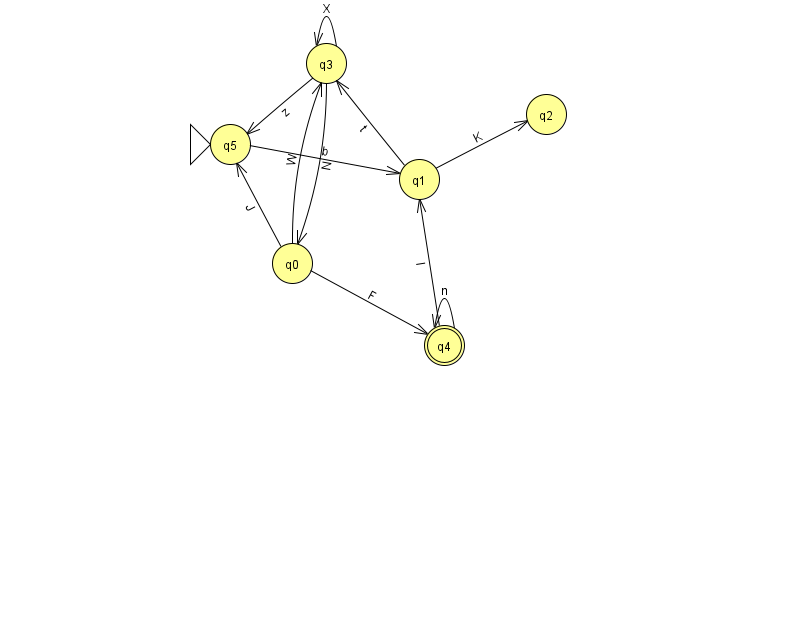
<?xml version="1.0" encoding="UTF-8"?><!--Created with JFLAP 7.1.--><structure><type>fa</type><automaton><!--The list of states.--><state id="0" name="q0"><x>292.0</x><y>250.0</y></state><state id="1" name="q1"><x>419.0</x><y>166.0</y></state><state id="2" name="q2"><x>546.0</x><y>101.0</y></state><state id="3" name="q3"><x>326.0</x><y>50.0</y></state><state id="4" name="q4"><x>444.0</x><y>332.0</y><final/></state><state id="5" name="q5"><x>230.0</x><y>131.0</y><initial/></state><!--The list of transitions.--><transition><from>0</from><to>3</to><read>W</read></transition><transition><from>0</from><to>5</to><read>J</read></transition><transition><from>5</from><to>1</to><read>b</read></transition><transition><from>3</from><to>5</to><read>z</read></transition><transition><from>0</from><to>4</to><read>F</read></transition><transition><from>3</from><to>3</to><read>X</read></transition><transition><from>1</from><to>3</to><read>t</read></transition><transition><from>4</from><to>1</to><read>l</read></transition><transition><from>1</from><to>2</to><read>K</read></transition><transition><from>3</from><to>0</to><read>N</read></transition><transition><from>4</from><to>4</to><read>n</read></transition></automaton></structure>